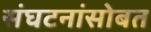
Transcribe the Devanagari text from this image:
संघटनांसोबत